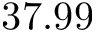
3 7 . 9 9